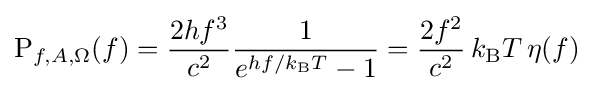
{\text{P}}_{f,A,\Omega }(f)={\frac {2hf^{3}}{c^{2}}}{\frac {1}{e^{hf/k_{\text{B}}T}-1}}={\frac {2f^{2}}{c^{2}}}\,k_{\text{B}}T\,\eta (f)